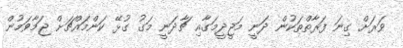
ވަރަށް ގިނަ ފަރާތްތަކުން ދަނީ މަޖީދީމަގާއި ޗާދަނީ މަގު ގުޅޭ ކަންމައްޗަށް ޖަމާވަމުން